Burma Government Medical School reports 1923-41
Year: 1923
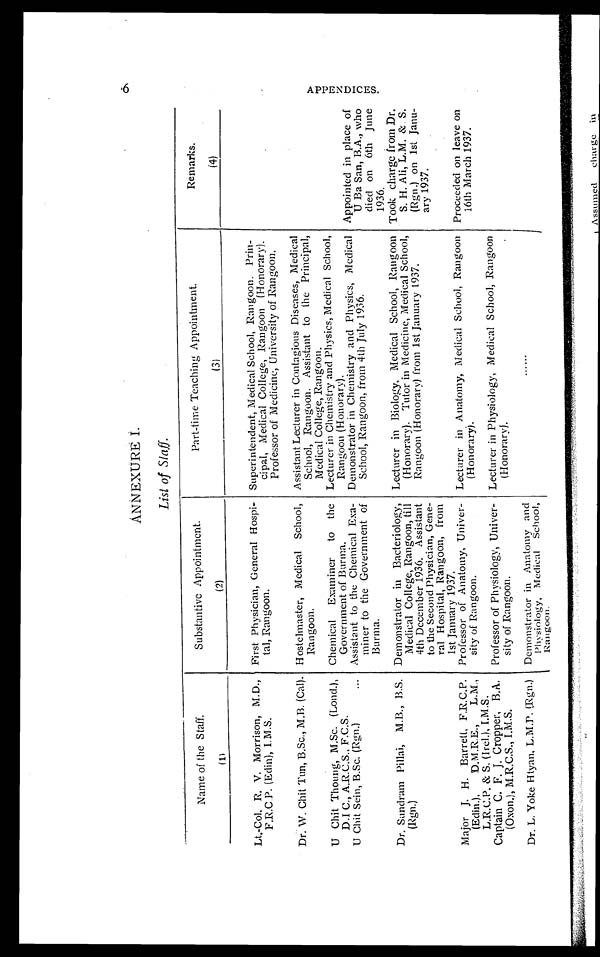
ANNEXURE I.
List of Staff.
Name of the Staff.
(1)
Substantive Appointment.
(2)
Part-time Teaching Appointment.
(3)
Remarks.
(4)
Lt.-Col, R. V. Morrison, M.D.,
F.R.C.P. (Edin), I,M.S.
First Physician, General Hospi-
tal, Rangoon.
Superintendent, Medical School, Rangoon. Prin-
cipal, Medical College, Rangoon (Honorary).
Professor of Medicine, University of Rangoon.
Dr. W. Chit Tun, B.Sc., M.B. (Cal). Hostelmaster, Medical School,
Rangoon.
Assistant Lecturer in Contagious Diseases, Medical
School, Rangoon. Assistant to the Principal,
Medical College, Rangoon.
U Chit Thoung, M.Sc. (Loud.),
D.I C., A.R.C.S., F.C.S.
Chemical Examiner to the
Government of Burma.
Lecturer in Chemistry and Physics, Medical School,
Rangoon (Honorary).
U Chit Sein, B.Sc. (Rgn.)
... Assistant to the Chemical Exa-
miner to the Government of
Burma.
Demonstrator in Chemistry and Physics, Medical
School, Rangoon, from 4th July 1936.
Appointed in place of
U Ba San, B.A., who
died on 6th June 1936.
Dr. Sundram Pillai, M.B., B.S.
(Rgn.)
Demonstrator in Bacteriology,
Medical College, Rangoon, till
4th December 1936. Assistant
to the Second Physician, Gene-
ral Hospital, Rangoon, from
1st January 1937.
Lecturer in Biology, Medical School, Rangoon
(Honorary). Tutor in Medicine, Medical School,
Rangoon (Honorary) from 1st January 1937.
Took charge from Dr.
S. H. Ali, L.M. & S.
(Rgn.) on 1st Janu-
ary 1937.
Major J. H. Barrett, F.R.C.P.
(Edin.),
D.M.R.E.,
L.M.,
L.R.C.P. & S. (Ire1.), I.M.S.
Professor of Anatomy, Univer-
sity of Rangoon.
Lecturer in Anatomy, Medical School, Rangoon
(Honorary).
Proceeded on leave on
16th March 1937.
Captain C. F. J. Cropper, B.A.
(Oxon.), M.R.C.S., I.M.S.
Professor of Physiology, Univer-
sity of Rangoon.
Lecturer in Physiology, Medical School, Rangoon
(Honorary).
Dr. L. Yoke Htyan, L.M.P. (Rgn.) Demonstrator in Anatomy and
Physiology, Medical School,
Rangoon.
......
A P P E N D I C E S .